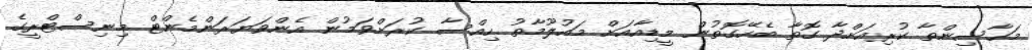
މަހާސިންތާ ކުރިއަށްދާ ގޮތާ ބެހޭގޮތުން މީޑިއާއަށް މައުލޫމާތު ހިއްސާ ކުރަށްވަމުން އެންވަޔަރަންމެންޓް މިނިސްޓްރީގެ